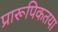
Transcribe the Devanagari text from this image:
प्रारूपिकतया